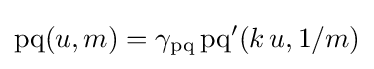
\operatorname {pq} (u,m)=\gamma _{\operatorname {pq} }\operatorname {pq} '(k\,u,1/m)